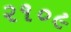
૨૧૦૯